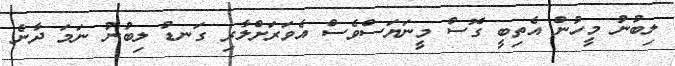
ލިބުނު މީހުން އެތިބީ ގޮސް މީނަޔަސްވެސް އެވަރަށްލާރި ގަނޑު ލިބުނު ނަމަ ދާނެ